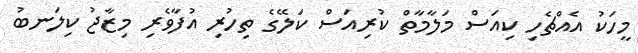
މީހަކު އެއްޗެހި ކިއަސް މަލާމާތް ކުރިއަސް ކަލޭގެ ތިހުރި އުފާވެރި މިޒާޖު ކިލަނބު